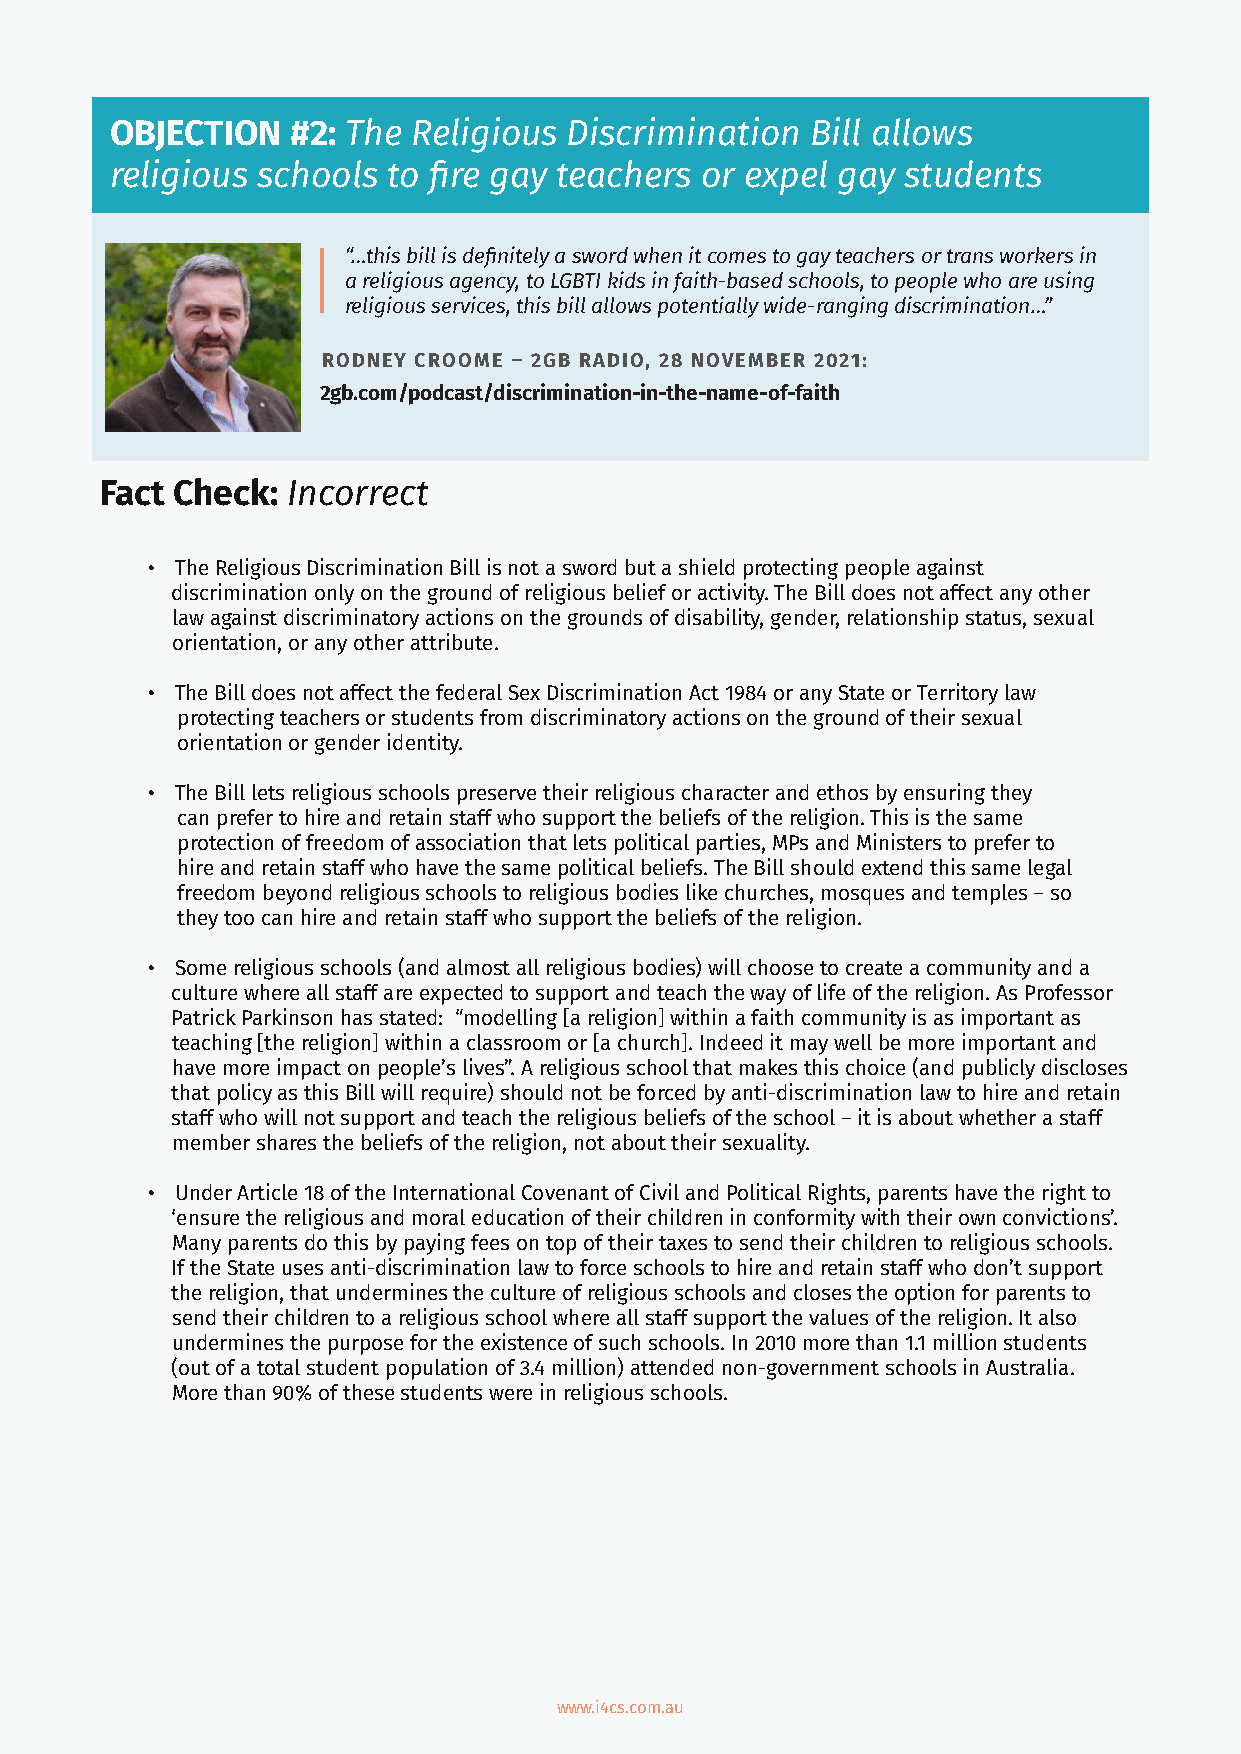
OBJECTION   #2: The Religious  Discrimination  Bill allows
 religious schools  to fire gay teachers or expel gay students
 “…this bill is definitely a sword when it comes to gay teachers or trans workers in
 a religious agency, to LGBTI kids in faith-based schools, to people who are using
 religious services, this bill allows potentially wide-ranging discrimination…”
 RODNEY CROOME – 2GB RADIO, 28 NOVEMBER 2021:
 2gb.com/podcast/discrimination-in-the-name-of-faith
 Fact Check: Incorrect
 • The Religious Discrimination Bill is not a sword but a shield protecting people against
 discrimination only on the ground of religious belief or activity. The Bill does not affect any other
 law against discriminatory actions on the grounds of disability, gender, relationship status, sexual
 orientation, or any other attribute.
 • The Bill does not affect the federal Sex Discrimination Act 1984 or any State or Territory law
 protecting teachers or students from discriminatory actions on the ground of their sexual
 orientation or gender identity.
 • The Bill lets religious schools preserve their religious character and ethos by ensuring they
 can prefer to hire and retain staff who support the beliefs of the religion. This is the same
 protection of freedom of association that lets political parties, MPs and Ministers to prefer to
 hire and retain staff who have the same political beliefs. The Bill should extend this same legal
 freedom beyond religious schools to religious bodies like churches, mosques and temples – so
 they too can hire and retain staff who support the beliefs of the religion.
 • Some religious schools (and almost all religious bodies) will choose to create a community and a
 culture where all staff are expected to support and teach the way of life of the religion. As Professor
 Patrick Parkinson has stated: “modelling [a religion] within a faith community is as important as
 teaching [the religion] within a classroom or [a church]. Indeed it may well be more important and
 have more impact on people’s lives”. A religious school that makes this choice (and publicly discloses
 that policy as this Bill will require) should not be forced by anti-discrimination law to hire and retain
 staff who will not support and teach the religious beliefs of the school – it is about whether a staff
 member shares the beliefs of the religion, not about their sexuality.
 • Under Article 18 of the International Covenant of Civil and Political Rights, parents have the right to
 ‘ensure the religious and moral education of their children in conformity with their own convictions’.
 Many parents do this by paying fees on top of their taxes to send their children to religious schools.
 If the State uses anti-discrimination law to force schools to hire and retain staff who don’t support
 the religion, that undermines the culture of religious schools and closes the option for parents to
 send their children to a religious school where all staff support the values of the religion. It also
 undermines the purpose for the existence of such schools. In 2010 more than 1.1 million students
 (out of a total student population of 3.4 million) attended non-government schools in Australia.
 More than 90% of these students were in religious schools.
 www.i4cs.com.au